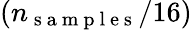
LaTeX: (n_{\mathrm{~s~a~m~p~l~e~s~}}/16)